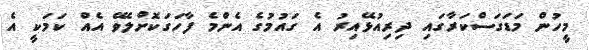
މީހުން މަޑަގަސްކަރާގައި ދިރިއުޅޭއިރު އެ ގައުމުގެ އެންމެ ފާހަގަކޮށްލެވޭ އެއް ކަމަކީ އެ